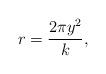
LaTeX: \begin{align*}r = \frac{2 \pi y^2}{k},\end{align*}